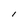
Character: l